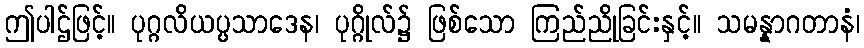
ဤပါဌ်ဖြင့်။ ပုဂ္ဂလိယပ္ပသာဒေန၊ ပုဂ္ဂိုလ်၌ ဖြစ်သော ကြည်ညိုခြင်းနှင့်။ သမန္နာဂတာနံ၊